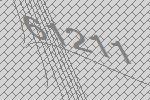
61211